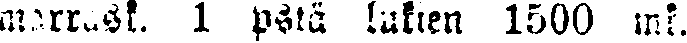
marrask. 1 pstä lukien 1500 mk.